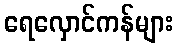
ရေလှောင်ကန်များ